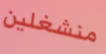
منشغلين